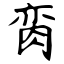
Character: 脔